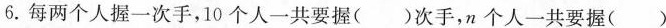
6.每两个人握一次手，10个人一共要握( )次手，n个人一共要握( )